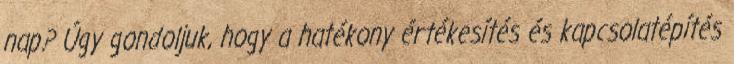
nap? Úgy gondoljuk, hogy a hatékony értékesítés és kapcsolatépítés